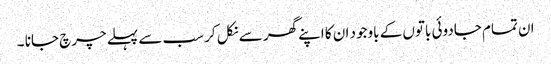
ان تمام جادوئی باتوں کے باوجود ان کا اپنے گھر سے نکل کر سب سے پہلے چرچ جانا ۔